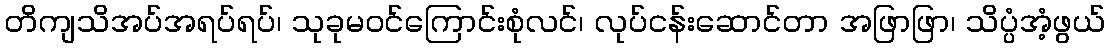
တိကျသိအပ်အရပ်ရပ်၊ သုခုမဝင်ကြောင်းစုံလင်၊ လုပ်ငန်းဆောင်တာ အဖြာဖြာ၊ သိပ္ပံအံ့ဖွယ်